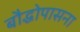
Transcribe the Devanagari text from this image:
बौद्धोपासना